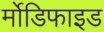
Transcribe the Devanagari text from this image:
र्मोडिफाइड